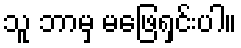
သူ ဘာမှ မဖြေရှင်းပါ။